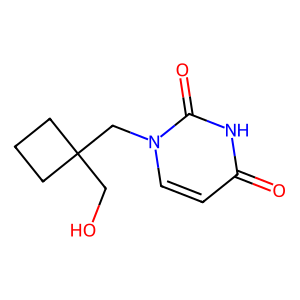
SMILES: O=c1ccn(CC2(CO)CCC2)c(=O)[nH]1
Inhibits HIV replication: No